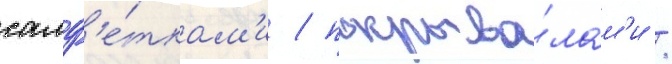
салф'е́ткам'и / покрыва́лам'и /